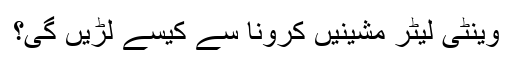
وینٹی لیٹر مشینیں کرونا سے کیسے لڑیں گی؟